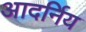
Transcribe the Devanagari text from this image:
आदर्निय